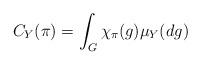
LaTeX: \begin{align*} C_{Y}(\pi) = \int_{G} \chi_{\pi}(g) \mu_{Y}(dg)\end{align*}